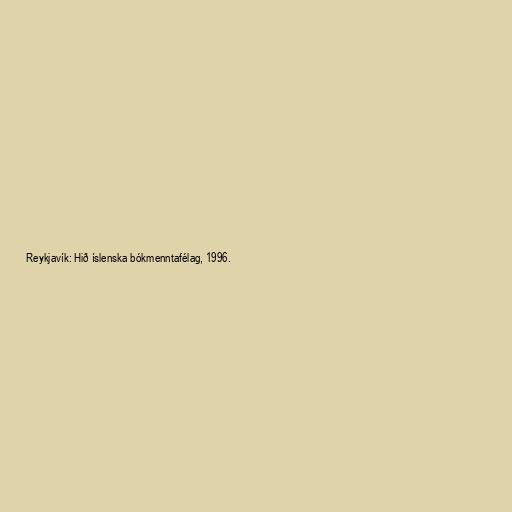
Reykjavík: Hið íslenska bókmenntafélag, 1996.